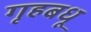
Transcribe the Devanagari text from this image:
गृहबधू